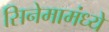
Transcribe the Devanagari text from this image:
सिनेमामंध्ये